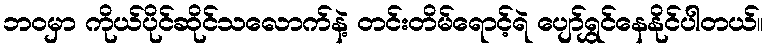
ဘဝမှာ ကိုယ်ပိုင်ဆိုင်သလောက်နဲ့ တင်းတိမ်ရောင့်ရဲ ပျော်ရွှင်နေနိုင်ပါတယ်။